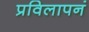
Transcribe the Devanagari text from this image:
प्रविलापनं